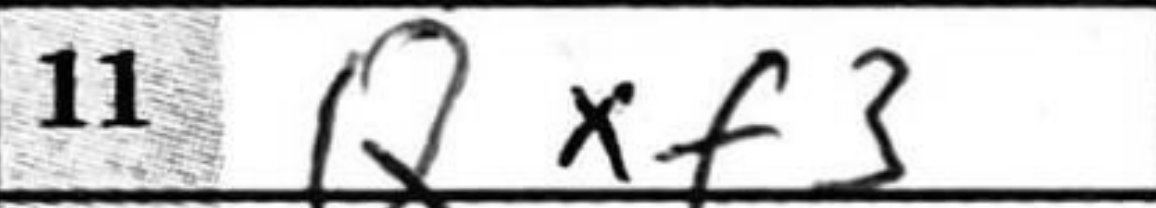
Transcription: Qxf3